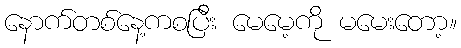
နောက်တစ်နေ့ကစပြီး မေမေ့ကို မမေးတော့။